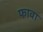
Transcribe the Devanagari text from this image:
फावा